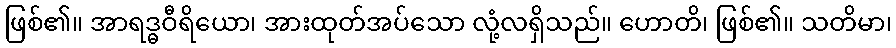
ဖြစ်၏။ အာရဒ္ဓဝီရိယော၊ အားထုတ်အပ်သော လုံ့လရှိသည်။ ဟောတိ၊ ဖြစ်၏။ သတိမာ၊